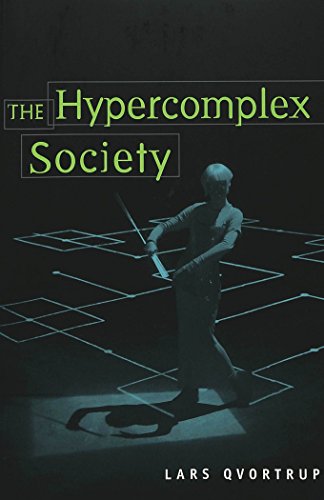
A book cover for The Hypercomplex Society (Digital Formations); Lars Qvortrup; Arts & Photography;